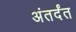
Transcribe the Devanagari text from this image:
अंतर्दंत